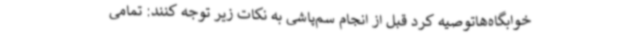
خوابگاه‌هاتوصیه کرد قبل از انجام سم‌پاشی به نکات زیر توجه کنند: تمامی